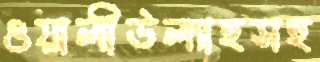
ওয়ালীউল্যাহসহ